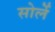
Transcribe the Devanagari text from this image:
सोर्ले